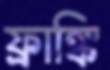
ফ্রাঙ্কি